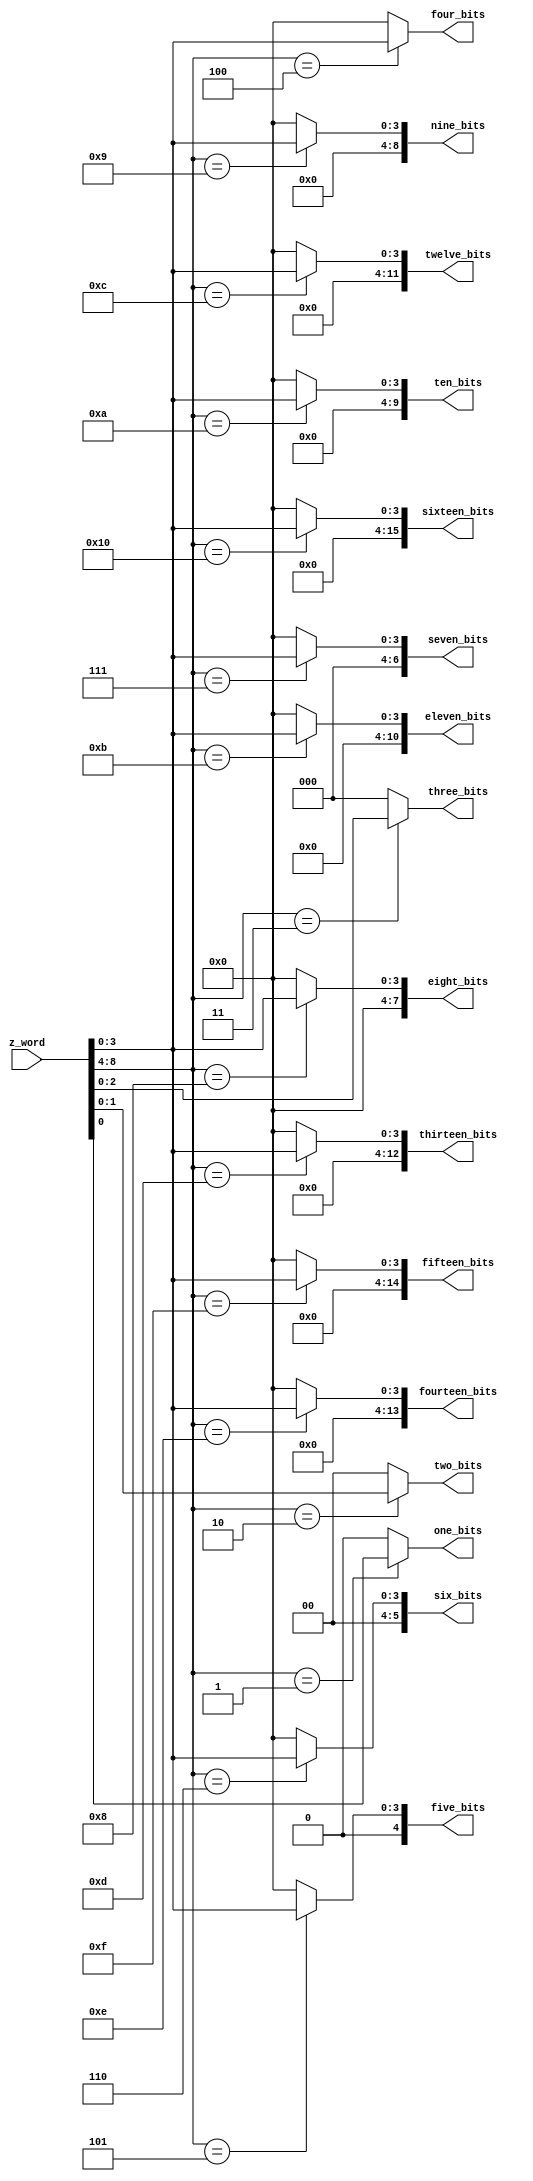
// This program was cloned from: https://github.com/Anas-Salah/MATLAB-Modeling-and-FPGA-Implementation-of-CAVLC-Entropy-Encoding-in-H.264-Video-Processing-Standard
// License: MIT License

`timescale 1ns / 1ps
//////////////////////////////////////////////////////////////////////////////////
// Company: 
// Engineer: 
// 
// Design Name: 
// Module Name: Z_word_decoder
// Project Name: 
// Target Devices: 
// Tool Versions: 
// Description: 
// 
// Dependencies: 
// 
// Revision:
// Revision 0.01 - File Created
// Additional Comments:
// 
//////////////////////////////////////////////////////////////////////////////////


module Z_word_decoder #(parameter WIDTH= 9)(

input   wire    [WIDTH -1:0]    z_word,

output   reg                    one_bits,
output   reg     [1:0]          two_bits,
output   reg     [2:0]          three_bits,
output   reg     [3:0]          four_bits,
output   reg     [4:0]          five_bits,
output   reg     [5:0]          six_bits,
output   reg     [6:0]          seven_bits,
output   reg     [7:0]          eight_bits,
output   reg     [8:0]          nine_bits,
output   reg     [9:0]          ten_bits,
output   reg     [10:0]         eleven_bits,
output   reg     [11:0]         twelve_bits,
output   reg     [12:0]         thirteen_bits,
output   reg     [13:0]         fourteen_bits,
output   reg     [14:0]         fifteen_bits,
output   reg     [15:0]         sixteen_bits
    );
    
    always@*
        begin
               one_bits      = 'b0 ;
               two_bits      = 'b0 ;  
               three_bits    = 'b0 ;
               four_bits     = 'b0 ;
               five_bits     = 'b0 ;
               six_bits      = 'b0 ;
               seven_bits    = 'b0 ;
               eight_bits    = 'b0 ;
                nine_bits    = 'b0 ;
               ten_bits      = 'b0 ;
               eleven_bits   = 'b0 ;
               twelve_bits   = 'b0 ;
               thirteen_bits = 'b0 ;
               fourteen_bits = 'b0 ;
               fifteen_bits  = 'b0 ;
               sixteen_bits   = 'b0 ;
            case (z_word[WIDTH -1:WIDTH -5])
              'd1: one_bits =           z_word[0:0];               
              'd2: two_bits =           z_word[1:0];
              'd3: three_bits =         z_word[2:0];
              'd4: four_bits =          z_word[3:0];
              'd5: five_bits =          z_word[3:0];
              'd6: six_bits =           z_word[3:0];
              'd7: seven_bits =         z_word[3:0];
              'd8: eight_bits =         z_word[3:0];
              'd9: nine_bits =          z_word[3:0];
              'd10: ten_bits =          z_word[3:0];
              'd11: eleven_bits =       z_word[3:0];
              'd12: twelve_bits =       z_word[3:0];
              'd13: thirteen_bits  =    z_word[3:0];
              'd14: fourteen_bits =     z_word[3:0];
              'd15: fifteen_bits =      z_word[3:0];
              'd16: sixteen_bits =      z_word[3:0];
              
              
/* This is not the best for the resources see the above
              'd5: five_bits =          {1'b0,z_word[3:0]};
              'd6: six_bits =           {2'b0,z_word[3:0]};
              'd7: seven_bits =         {3'b0,z_word[3:0]};
              'd8: eight_bits =         {4'b0,z_word[3:0]};
              'd9: nine_bits =          {5'b0,z_word[3:0]};
              'd10: ten_bits =          {6'b0,z_word[3:0]};
              'd11: eleven_bits =       {7'b0,z_word[3:0]};
              'd12: twelve_bits =       {8'b0,z_word[3:0]};
              'd13: thirteen_bits  =    {9'b0,z_word[3:0]};
              'd14: fourteen_bits =     {10'b0,z_word[3:0]};
              'd15: fifteen_bits =      {11'b0,z_word[3:0]};
              'd16: sixteen_bits =      {12'b0,z_word[3:0]};

*/              
              
              default:        begin  
               one_bits      = 'b0 ;
               two_bits      = 'b0 ;  
               three_bits    = 'b0 ;
               four_bits     = 'b0 ;
               five_bits     = 'b0 ;
               six_bits      = 'b0 ;
               seven_bits    = 'b0 ;
               eight_bits    = 'b0 ;
                nine_bits    = 'b0 ;
               ten_bits      = 'b0 ;
               eleven_bits   = 'b0 ;
               twelve_bits   = 'b0 ;
               thirteen_bits = 'b0 ;
               fourteen_bits = 'b0 ;
               fifteen_bits  = 'b0 ;
               sixteen_bits   = 'b0 ;
               end
              
            endcase
        
        end
    
    
    
    
    
    
    
endmodule